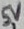
Text: 5V